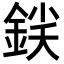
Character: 𨧛